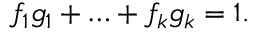
f _ { 1 } g _ { 1 } + \ldots + f _ { k } g _ { k } = 1 .